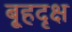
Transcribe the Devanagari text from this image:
बृ्हदृक्ष